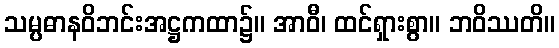
သမ္ပဓာနဝိဘင်းအဋ္ဌကထာ၌။ အာဝီ၊ ထင်ရှားစွာ။ ဘဝိဿတိ။